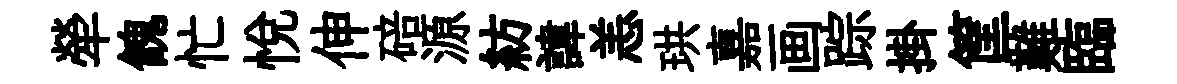
犖餽忙悦伸碚源紡諱恙珙嘉画踪掛筐難臨